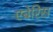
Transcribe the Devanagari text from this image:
एबेरिस